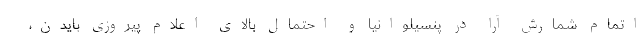
اتمام شمارش آرا در پنسیلوانیا و احتمال بالای اعلام پیروزی بایدن،‌